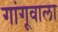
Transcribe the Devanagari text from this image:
गांगूवाला